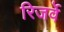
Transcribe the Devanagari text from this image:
रिजर्वे